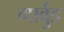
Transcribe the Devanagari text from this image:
गार्वुड